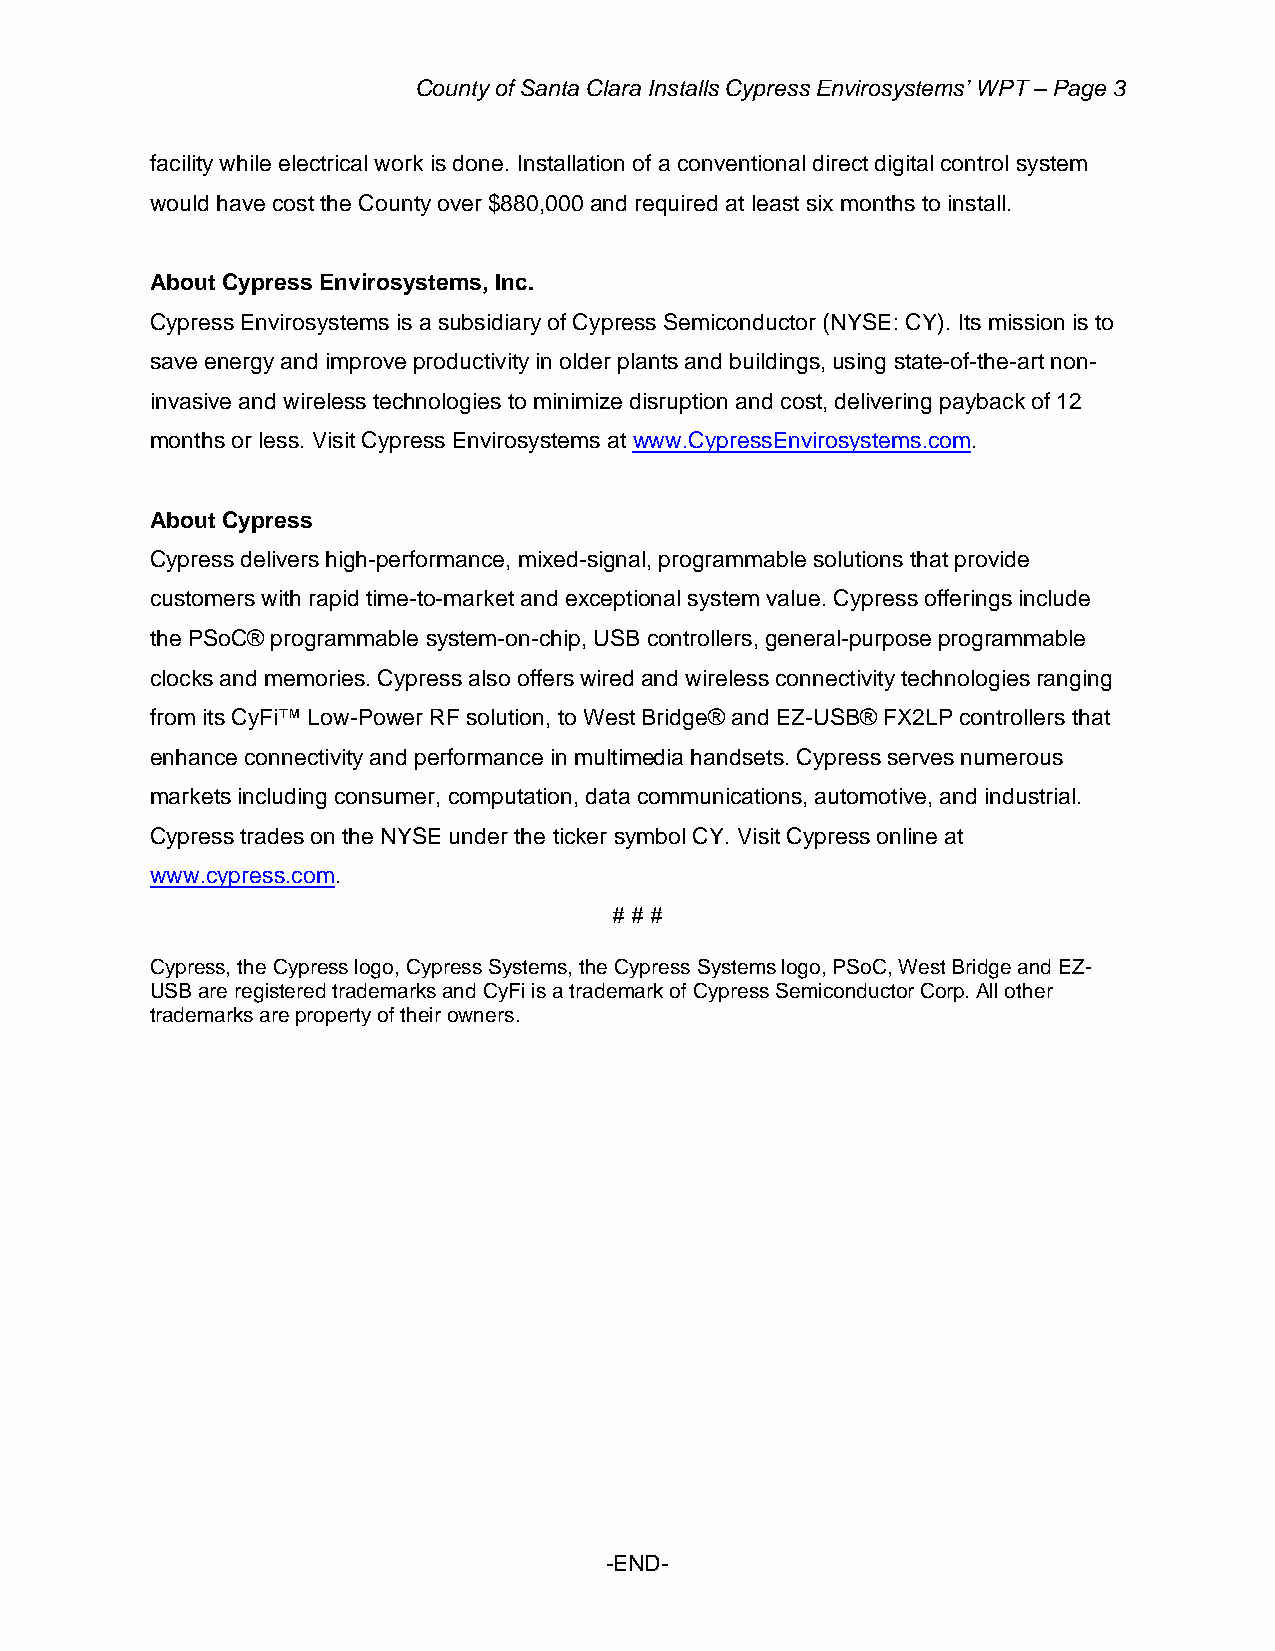
County of Santa Clara Installs Cypress Envirosystems’ WPT – Page 3
 facility while electrical work is done. Installation of a conventional direct digital control system
 would have cost the County over $880,000 and required at least six months to install.
 About Cypress Envirosystems, Inc.
 Cypress Envirosystems is a subsidiary of Cypress Semiconductor (NYSE: CY). Its mission is to
 save energy and improve productivity in older plants and buildings, using state-of-the-art non-
 invasive and wireless technologies to minimize disruption and cost, delivering payback of 12
 months or less. Visit Cypress Envirosystems at www.CypressEnvirosystems.com.
 About Cypress
 Cypress delivers high-performance, mixed-signal, programmable solutions that provide
 customers with rapid time-to-market and exceptional system value. Cypress offerings include
 the PSoC® programmable system-on-chip, USB controllers, general-purpose programmable
 clocks and memories. Cypress also offers wired and wireless connectivity technologies ranging
 from its CyFi™ Low-Power RF solution, to West Bridge® and EZ-USB® FX2LP controllers that
 enhance connectivity and performance in multimedia handsets. Cypress serves numerous
 markets including consumer, computation, data communications, automotive, and industrial.
 Cypress trades on the NYSE under the ticker symbol CY. Visit Cypress online at
 www.cypress.com.
 # # #
 Cypress, the Cypress logo, Cypress Systems, the Cypress Systems logo, PSoC, West Bridge and EZ-
 USB are registered trademarks and CyFi is a trademark of Cypress Semiconductor Corp. All other
 trademarks are property of their owners.
 -END-